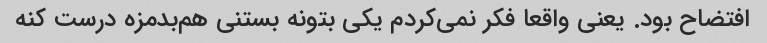
افتضاح بود. یعنی واقعا فکر نمی‌کردم یکی بتونه بستنی هم‌بدمزه درست کنه